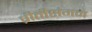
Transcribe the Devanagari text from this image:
प्रीतीसंगम